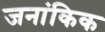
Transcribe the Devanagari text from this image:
जनांकिक